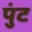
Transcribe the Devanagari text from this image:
पुंट